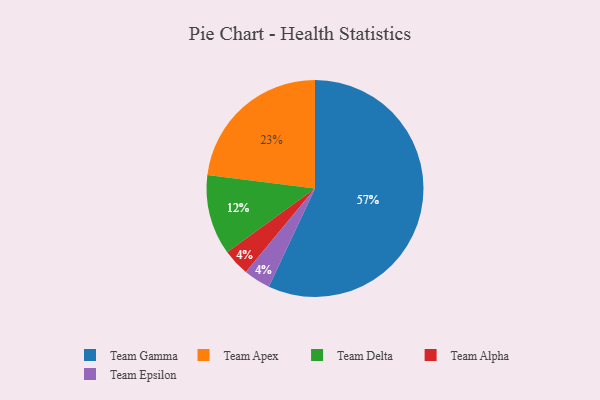
{"axis": {"x": "Category", "y": "Percentage"}, "legend": ["Team Alpha", "Team Apex", "Team Delta", "Team Epsilon", "Team Gamma"], "data": [{"x": "Team Gamma", "y": 57, "type": "Team Gamma"}, {"x": "Team Delta", "y": 12, "type": "Team Delta"}, {"x": "Team Alpha", "y": 4, "type": "Team Alpha"}, {"x": "Team Epsilon", "y": 4, "type": "Team Epsilon"}, {"x": "Team Apex", "y": 23, "type": "Team Apex"}]}